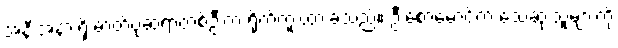
အနီးအနားရှိ ဓာတ်ပုံဆရာတစ်ဦးက ရိုက်ကူးထားခဲ့သည်။ ဦးစောမောင်က သေဆုံးသူများကို